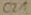
Text: C21